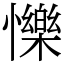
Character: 㦡